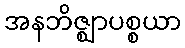
အနဘိဇ္ဈာပစ္စယာ